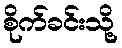
စိုက်ခင်းသို့